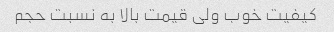
کیفیت خوب ولی قیمت بالا به نسبت حجم